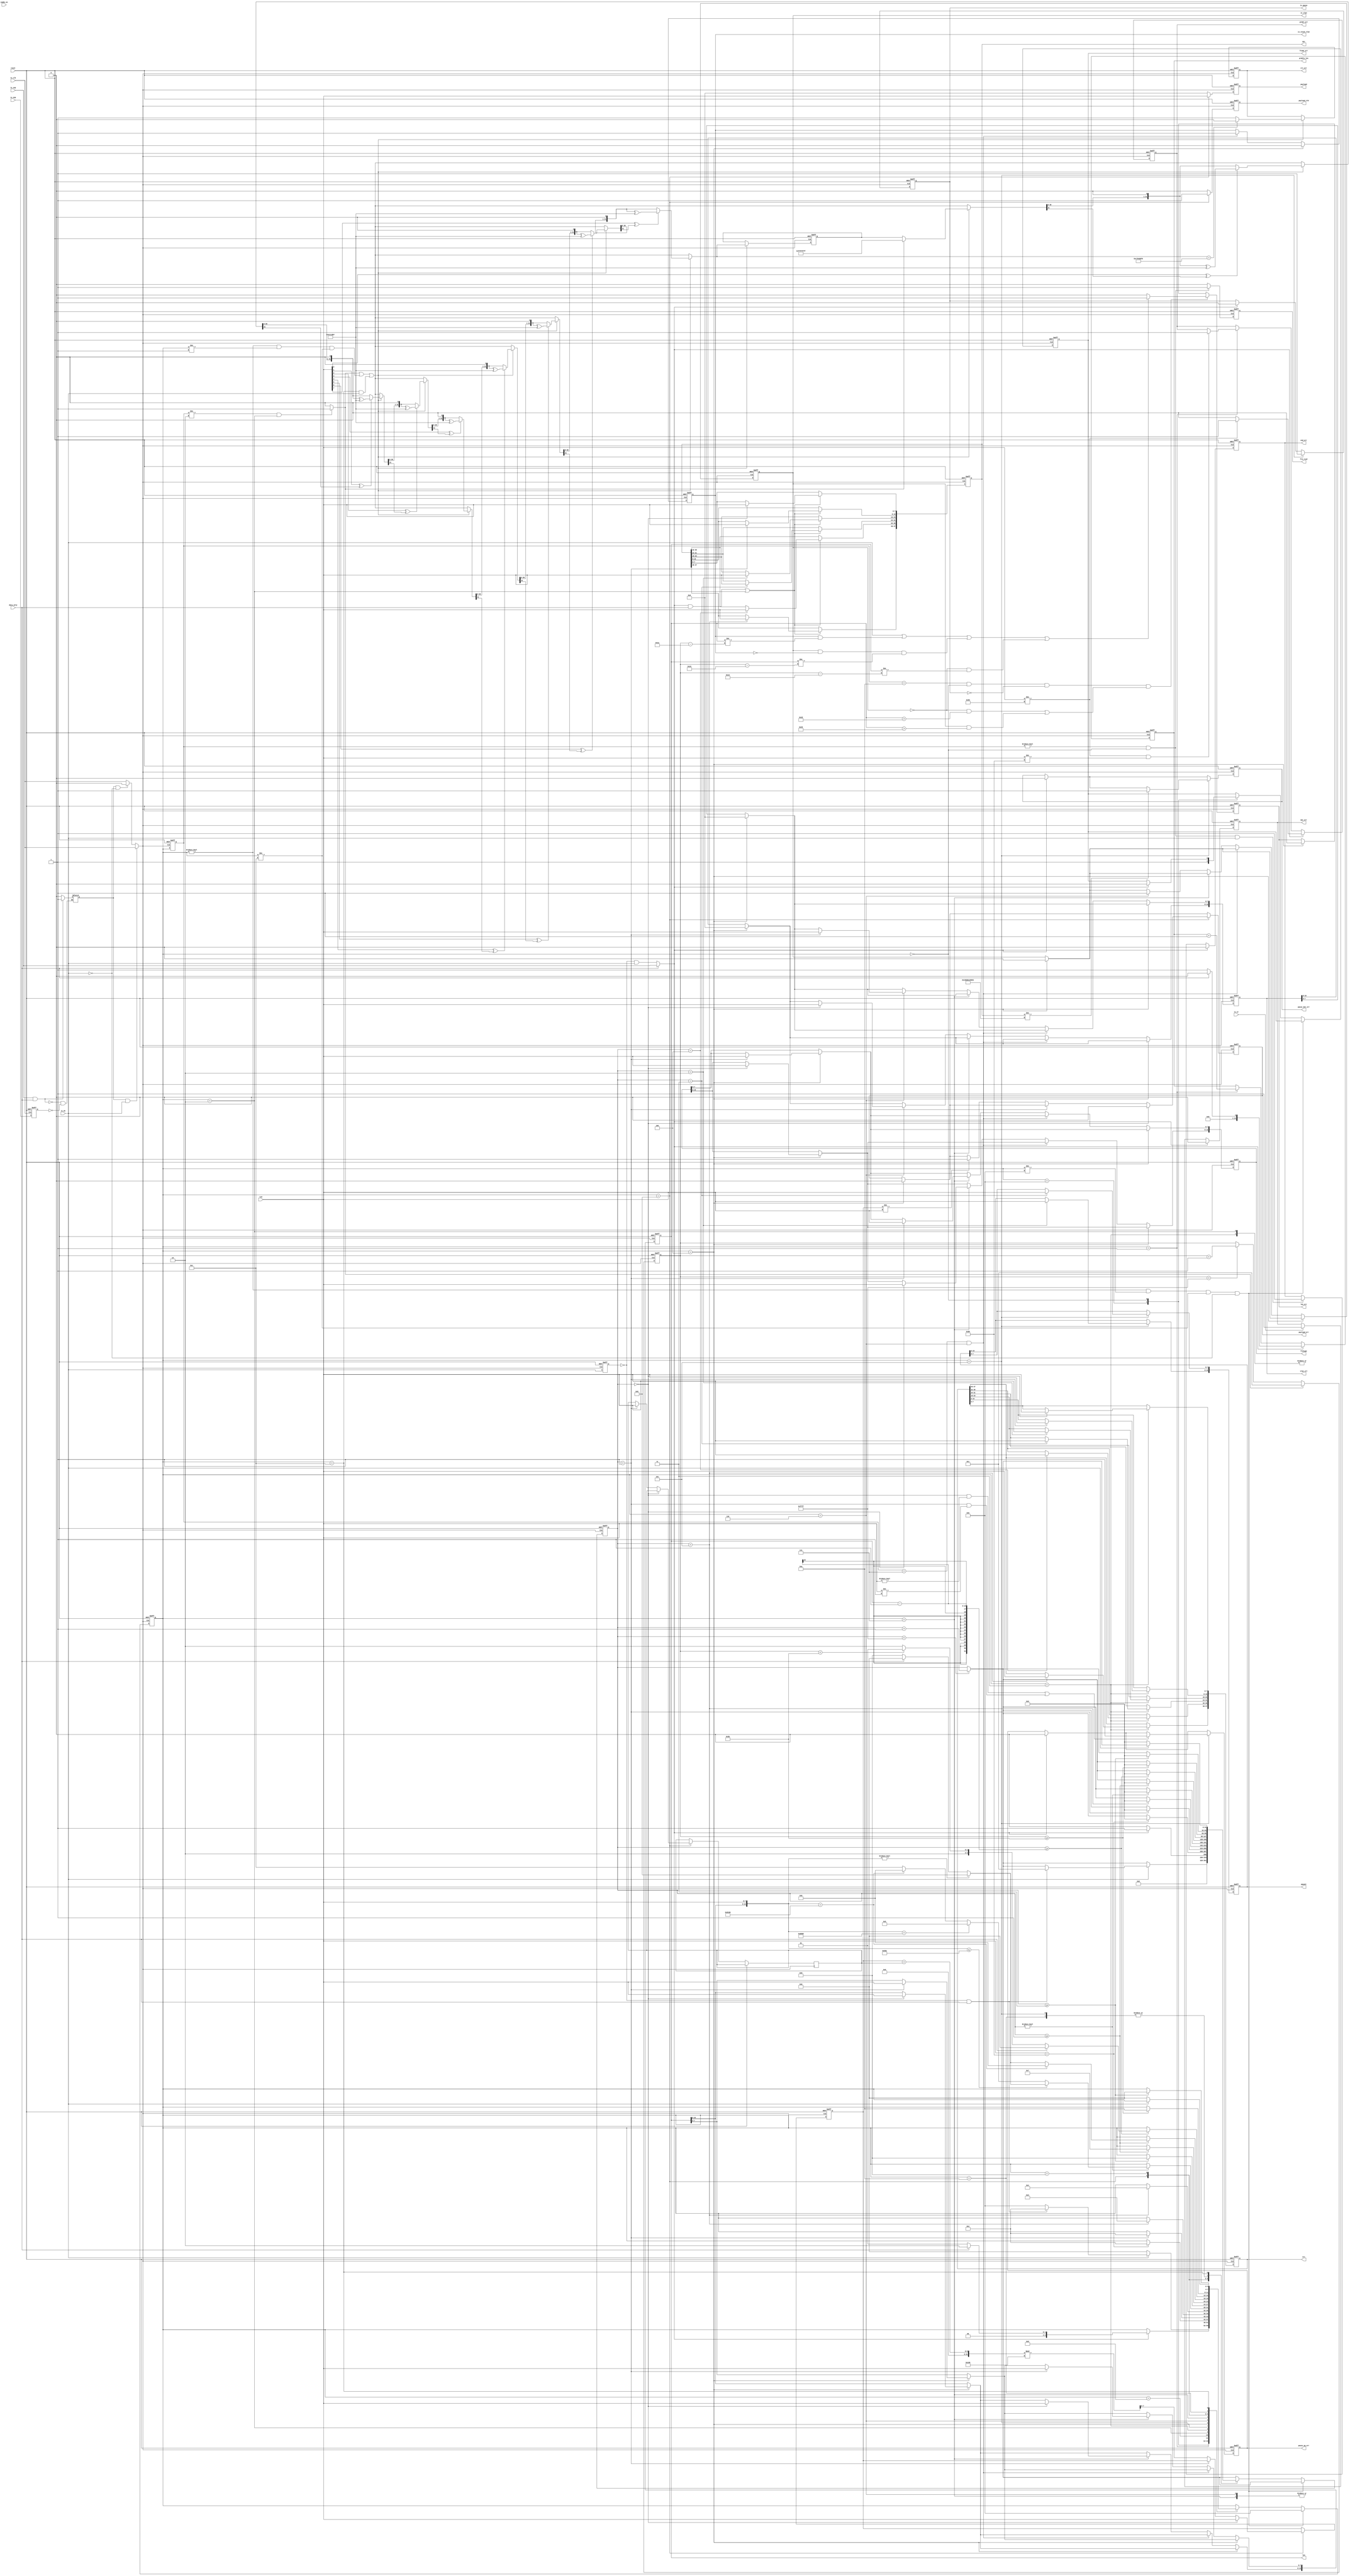
// -------------------------------------------------------------------------
// -------------------------------------------------------------------------
//
// Revision Control Information
//
// $RCSfile: ethmon.v,v $
// $Source: /ipbu/cvs/sio/projects/TriSpeedEthernet/src/testbench/models/verilog/ethernet_model/mon/ethmon.v,v $
//
// $Revision: #1 $
// $Date: 2010/01/07 $
// Check in by : $Author: max $
//
// Project     : Triple Speed Ethernet - 10/100/1000 MAC
//
// Description : (Simulation only)
//
// GMII Interface Ethernet Traffic Monitor/Decoder
// Ethernet Traffic Monitor for 8 bit MAC Atlantic client interface
//
// 
// ALTERA Confidential and Proprietary
// Copyright 2006 (c) Altera Corporation
// All rights reserved
//
// -------------------------------------------------------------------------
// -------------------------------------------------------------------------

`timescale 1 ns / 1 ns


module ethmonitor (

   reset,
   tx_clk,
   txd,
   tx_dv,
   tx_er,
   tx_sop,
   tx_eop,
   dst,
   src,
   prmble_len,
   pquant,
   vlan_ctl,
   len,
   frmtype,
   payload,
   payload_vld,
   is_vlan,
   is_stack_vlan,
   is_pause,
   crc_err,
   prmbl_err,
   len_err,
   payload_err,
   frame_err,
   pause_op_err,
   pause_dst_err,
   mac_err,
   end_err,
   jumbo_en,
   data_only,
   frm_rcvd);

parameter ENABLE_SHIFT16 = 1'b 0;


input   reset; //  active high
input   tx_clk; 
input   [7:0] txd; 
input   tx_dv; 
input   tx_er; 
input   tx_sop; 
input   tx_eop; 
output   [47:0] dst; //  destination address
output   [47:0] src; //  source address
output   [13:0] prmble_len; //  length of preamble
output   [15:0] pquant; //  Pause Quanta value
output   [15:0] vlan_ctl; //  VLAN control info
output   [15:0] len; //  Length of payload
output   [15:0] frmtype; //  if non-null: type field instead length
output   [7:0] payload; 
output   payload_vld; 
output   is_vlan; 
output   is_stack_vlan;
output   is_pause; 
output   crc_err; 
output   prmbl_err; 
output   len_err; 
output   payload_err; 
output   frame_err; 
output   pause_op_err; 
output   pause_dst_err; 
output   mac_err; 
output   end_err; 
input   jumbo_en; 
input   data_only; 
output   frm_rcvd; 
//  GMII transmit interface: To be connected to MAC TX
wire    [47:0] dst; 
reg     [47:0] src; 
wire    [13:0] prmble_len; 
reg     [15:0] pquant; 
reg     [15:0] vlan_ctl; 
wire    [15:0] len; 
wire    [15:0] frmtype; 
reg     [7:0] payload; 
//  Indicators
reg     payload_vld; 
wire    is_vlan; 
wire    is_stack_vlan;
wire    is_pause; 
reg     crc_err; 
reg     prmbl_err; 
reg     len_err; 
reg     payload_err; 
reg     frame_err; 
reg     pause_op_err; 
reg     pause_dst_err; 
reg     mac_err; 
//  Control
reg     end_err; 
reg     frm_rcvd; 
reg     frm_in; 
reg     tx_clk_int; 
reg     tx_eop_reg; 
//  port signals internally reused
reg     [13:0] iprmble_len; //  length of preamble
reg     [15:0] ifrmtype; 
reg     [15:0] ilen; 
reg     [47:0] idst; 
reg     iis_vlan; 
reg     iis_stack_vlan;
reg     iis_pause; 
reg     tx_clk_dly;
//  internal

// TYPE state_typ:
parameter state_typ_s_idle = 0;
parameter state_typ_s_prmbl = 1;
parameter state_typ_s_dst = 2;
parameter state_typ_s_src = 3;
parameter state_typ_s_typelen = 4;
parameter state_typ_s_pause = 5;
parameter state_typ_s_tag = 6;
parameter state_typ_s_len = 7;
parameter state_typ_s_data = 8;
parameter state_typ_s_pad = 9;
parameter state_typ_s_crc = 10;
parameter state_typ_s_abort = 11;
parameter state_typ_s_utype = 12;
parameter state_typ_s_Dword32Aligned = 13;

reg     [3:0] state; 
reg     [3:0] last_state; 
reg     last_tx_dv; //  follows tx_dv with one cycle delay
reg     [31:0] crc32; 
reg     [31:0] count; 
reg     [31:0] poscnt; //  position in frame starts at first dst byte
reg     [7:0] datacnt; //  counter to verify payload
reg     [7:0] datainc; //  counter increment
reg     tx_sof; //  start of frame indicator for 1 clk cycle with 1st byte
reg     tx_dst; //  start of frame indicator for 1 clk cycle with 1st byte
reg     [31:0]  process_6_crctmp; 
reg     [3:0]  V2V_process_6_i;
integer  process_11_ix; 
integer  process_12_ix; 
reg      process_12_ln; 
integer  process_14_hi; 
integer  process_14_lo; 
reg     [31:0]  process_14_cnttmp; 
integer  process_14_i; 
integer  process_14_flen; 

always @(posedge reset or posedge tx_clk)
   begin : process_1
   if (reset == 1'b 1)
      begin
      tx_eop_reg <= 1'b 0;  
      end
   else
      begin
      tx_eop_reg <= tx_eop; 
      end
   end

always @(tx_sop or tx_eop_reg)
   begin : process_2
   if (tx_sop == 1'b 1 & data_only == 1'b 1)
      begin
      frm_in <= 1'b 1;  
      end
   else if (tx_eop_reg == 1'b 1 )
      begin
      frm_in <= 1'b 0;  
      end
   end

always@(tx_clk)
begin

        tx_clk_dly <= #(1)tx_clk ;
        
end 

always @(frm_in or tx_dv or tx_clk_dly)
   begin : process_3
   if (frm_in == 1'b 1 && tx_dv == 1'b 1 )
      begin
      tx_clk_int <= #(1) tx_clk_dly;    
      end
   else if (frm_in==1'b1 && tx_dv == 1'b 0)
      begin
      tx_clk_int <= #(1) 1'b 0; 
      end
   else
      begin
      tx_clk_int <= #(1) tx_clk_dly;    
      end
   end
   
//  connect permanent port signals
//  ------------------------------
assign prmble_len = iprmble_len; 
assign frmtype = ifrmtype; 
assign len = ilen; 
assign dst = idst; 
assign is_vlan = iis_vlan; 
assign is_stack_vlan = iis_stack_vlan; 
assign is_pause = iis_pause; 
//  generate tx start pulse
//  ----------------------

always@(last_tx_dv or tx_dv or tx_sop)
begin

        if (data_only==1'b0)
        begin

                tx_sof <= ~last_tx_dv & tx_dv; //  pulse with first byte 0 to 1 change
                
        end
        else
        begin
        
                tx_sof <= tx_sop ;
                
        end

end

//  generate pulse start of destination address
//  --------------------
always @(last_state or state)
   begin : process_4
   if (last_state != state_typ_s_dst & state == state_typ_s_dst)
      begin
      tx_dst <= 1'b 1;  
      end
   else
      begin
      tx_dst <= 1'b 0;  
      end
   end
//  ------------------------------------------
//  capture tx_er indicator
//  ------------------------------------------
always @(posedge tx_clk_int or posedge reset)
   begin : process_5
   if (reset == 1'b 1)
      begin
      mac_err <= 1'b 0; 
      last_tx_dv <= 1'b 0;  
      end
   else
      begin
      if (tx_sof == 1'b 1)
         begin
         mac_err <= 1'b 0;  //  reset indicator at start of new receive
         end
      else if (tx_er == 1'b 1 )
         begin
         mac_err <= 1'b 1;  //  capture one or many
         end
      last_tx_dv <= tx_dv;  
      end
   end
//  ----------------------------------------------
//  CRC calculation over all bytes except preamble
//  ----------------------------------------------
always @(posedge tx_clk_int or posedge reset)
   begin : process_6
   if (reset == 1'b 1)
      begin
      crc32 <= {32{1'b 1}}; 
      crc_err <= 1'b 0; 
      end
   else
      begin
//  need it ahead
      if (tx_dst == 1'b 1 | state != state_typ_s_idle & 
    state != state_typ_s_prmbl & state != state_typ_s_utype | 
    state == state_typ_s_utype & tx_dv == 1'b 1)
         begin
//  push all inclusive CRC bytes
//  preset CRC or load current value
         if (tx_dst == 1'b 1)
            begin
//  first data, preset CRC
            process_6_crctmp = {32{1'b 1}}; 
            end
         else
            begin
            process_6_crctmp = crc32;   
            end
//  calculate next step

         for (V2V_process_6_i = 0; V2V_process_6_i <= 7; V2V_process_6_i = V2V_process_6_i + 1)
            begin
            if ((txd[V2V_process_6_i] ^ process_6_crctmp[31]) == 1'b 1)
               begin
               process_6_crctmp = (process_6_crctmp << 1);  //  shift in a 0, will be xor'ed to 1 by the polynom
               process_6_crctmp = process_6_crctmp ^ 32'h 04C11DB7; 
               end
            else
               begin
               process_6_crctmp = (process_6_crctmp << 1);  //  shift in a 0
               end
            end
//  process all bits we have here
         crc32 <= process_6_crctmp; //  remember current value
//  check if CRC is valid
         if (process_6_crctmp == 32'h C704DD7B)
            begin
            crc_err <= 1'b 0;   
            end
         else
            begin
            crc_err <= 1'b 1;   
            end
         end
      end
   end
//  ----------------------------------------------
//  Extract RX Payload on payload bus and check payload errors:
//  * first byte is counter initialization
//  * second byte is counter increment
//  * data begins from 3rd byte on 
//  ----------------------------------------------
always @(posedge tx_clk_int or posedge reset)
   begin : process_7
   if (reset == 1'b 1)
      begin
      payload <= {8{1'b 0}};    
      payload_vld <= 1'b 0; 
      payload_err <= 1'b 0; 
      datacnt <= 0; 
      end
   else
      begin
      if (state == state_typ_s_typelen)
         begin
         payload_err <= 1'b 0;  //  reset as a frame of length 0 will not get into S_DATA.
         end
      if (state == state_typ_s_data)
         begin
         payload <= txd;    
         payload_vld <= 1'b 1;  
         if (count == 0)
            begin
            datacnt <= ({1'b 0, txd});  //  load counter
            payload_err <= 1'b 0;   
            end
         else if (count == 1 )
            begin
            datainc <= ({1'b 0, txd});  //  load increment
//  verify payload contents
            end
         else
            begin
            datacnt <= (datacnt + datainc) % 256;   
            if (datacnt != ({1'b 0, txd}))
               begin
               payload_err <= 1'b 1;    
               end
            end
         end
      else
         begin
         payload <= {8{1'b 0}}; 
         payload_vld <= 1'b 0;  
         end
      end
   end
//  ----------------------------------------------
//  Position Counter: Starts with first octet of destination address
//  ----------------------------------------------
always @(posedge tx_clk_int or posedge reset)
   begin : process_8
   if (reset == 1'b 1)
      begin
      poscnt <= 0;  
      end
   else
      begin
      if (tx_dst == 1'b 1)
         begin
//  reset at start of DST 
         poscnt <= 1;   
         end
      else
         begin
         if (poscnt < 65535)
            begin
            poscnt <= poscnt + 1'b 1;   
            end
         end
      end
   end
//  ----------------------------------------------
//  End of Frame:
//  change from non-idle to idle indicates something was received
//  if dv is still asserted this is an end error
//  ----------------------------------------------
always @(posedge tx_clk_int or posedge reset)
   begin : process_9
   if (reset == 1'b 1)
      begin
      frm_rcvd <= 1'b 0;    
      end_err <= 1'b 0; 
      end
   else
      begin
      if (last_state != state_typ_s_idle & state == state_typ_s_idle)
         begin
         frm_rcvd <= 1'b 1; 
         end
      else
         begin
         frm_rcvd <= 1'b 0; 
         end
      if (tx_sof == 1'b 1)
         begin
         end_err <= 1'b 0;  
         end
      else if (last_state != state_typ_s_idle & state == state_typ_s_idle & 
    tx_dv == 1'b 1 )
         begin
         end_err <= 1'b 1;  //  dv still asserted even after nothing more expected
         end
      end
   end
//  ----------------------------------------------
//  Preamble check
//  ----------------------------------------------
always @(posedge tx_clk_int or posedge reset)
   begin : process_10
   if (reset == 1'b 1)
      begin
      prmbl_err <= 1'b 0;   
      iprmble_len <= 0; 
      end
   else
      begin
      if (tx_sof == 1'b 1)
         begin
         if (txd != 8'h 55)
            begin
            prmbl_err <= 1'b 1; 
            end
         else
            begin
            prmbl_err <= 1'b 0; //  reset usually
            end
         if (data_only == 1'b 1)
            begin
            iprmble_len <= 0;   
            end
         else
            begin
            iprmble_len <= 1;   
            end
         end
      else if (state == state_typ_s_prmbl )
         begin
         if (txd != 8'h 55 & txd != 8'h D5)
            begin
            prmbl_err <= 1'b 1; 
            end
         iprmble_len <= iprmble_len + 1'b 1;    
         end
      end
   end
//  ----------------------------------------------
//  Extract Source and Destination addresses
//  ----------------------------------------------
always @(posedge tx_clk_int or posedge reset)
   begin : process_11
   if (reset == 1'b 1)
      begin
      idst <= {48{1'b 0}};  
      src <= {48{1'b 0}};   
      end
   else
      begin
      process_11_ix = count * 8;    
      if (tx_sof == 1'b 1)
         begin
         process_11_ix = 1'b 0; 
         end

         if (tx_sof == 1'b 1 & data_only == 1'b 1 & state == state_typ_s_Dword32Aligned & ENABLE_SHIFT16 == 1'b1)
            begin
                case (count)
                1'b 0 : ;
                1'b 1 : ;
                default:;
                endcase         
             end
         if (tx_sof == 1'b 0 & data_only == 1'b 1 & ENABLE_SHIFT16 == 1'b1 & state == state_typ_s_dst)
            begin
            case (count)
            1'b 0:
               begin
               idst[7:0] <= txd[7:0];  
               end
            1'b 1:
               begin
               idst[15:8] <= txd[7:0]; 
               end
            2'b 10:
               begin
               idst[23:16] <= txd[7:0];    
               end
            2'b 11:
               begin
               idst[31:24] <= txd[7:0];    
               end
            3'b 100:
               begin
               idst[39:32] <= txd[7:0];    
               end
            3'b 101:
               begin
               idst[47:40] <= txd[7:0];    
               end
            default:
               ;
            endcase         
           end

      if (tx_sof == 1'b 1 & data_only == 1'b 1 & ENABLE_SHIFT16 == 1'b0| state == state_typ_s_dst)
         begin
         case (count)
         1'b 0:
            begin
            idst[7:0] <= txd[7:0];  
            end
         1'b 1:
            begin
            idst[15:8] <= txd[7:0]; 
            end
         2'b 10:
            begin
            idst[23:16] <= txd[7:0];    
            end
         2'b 11:
            begin
            idst[31:24] <= txd[7:0];    
            end
         3'b 100:
            begin
            idst[39:32] <= txd[7:0];    
            end
         3'b 101:
            begin
            idst[47:40] <= txd[7:0];    
            end
         default:
            ;
         endcase         end
      if (state == state_typ_s_src)
         begin
        case (count)
         1'b 0:
            begin
            src[7:0] <= txd[7:0];   
            end
         1'b 1:
            begin
            src[15:8] <= txd[7:0];  
            end
         2'b 10:
            begin
            src[23:16] <= txd[7:0]; 
            end
         2'b 11:
            begin
            src[31:24] <= txd[7:0]; 
            end
         3'b 100:
            begin
            src[39:32] <= txd[7:0]; 
            end
         3'b 101:
            begin
            src[47:40] <= txd[7:0]; 
            end
         default:
            ;
         endcase         end
      end
   end
//  ----------------------------------------------
//  Extract Length/Type field and VLAN Tag identifier
//  ----------------------------------------------
always @(posedge tx_clk_int or posedge reset)
   begin : process_12
   if (reset == 1'b 1)
      begin
      ilen <= {16{1'b 0}};  
      ifrmtype <= {16{1'b 0}};  
      vlan_ctl <= {16{1'b 0}};  
      iis_vlan <= 1'b 0;    
      len_err <= 1'b 0; 
      iis_stack_vlan <= 1'b0;
      end
   else
      begin
      process_12_ix = 4'b 1000 - count * 8; 
// if( tx_sof_d = '1' ) then              -- clear all on start of every frame
// 
//     ilen     <= (others => '0');
//     ifrmtype <= (others => '0');
//     vlan_ctl <= (others => '0');
//     iis_vlan  <= '0';
//     
// end if;
      if (state == state_typ_s_typelen)
         begin
//  if in type/len set both
        case (count)
         1'b 0:
            begin
            ifrmtype[15:8] <= txd;  
            ilen[15:8] <= txd;  
            end
         1'b 1:
            begin
            ifrmtype[7:0] <= txd;   
            ilen[7:0] <= txd;   
            end
         default:
            ;
         endcase                
         vlan_ctl <= {16{1'b 0}};   //  clear at start of new frame (at SOF it is too early)
         iis_vlan <= 1'b 0; 
         len_err  <= 1'b 0; 
         end
         
         if(state==state_typ_s_typelen)
         begin
            
                iis_stack_vlan <= 1'b0 ;
         
         end 
         else if (last_state == state_typ_s_len & state == state_typ_s_tag)
         begin
            
                iis_stack_vlan <= 1'b1 ;
                
         end
         
      else if (state == state_typ_s_len )
         begin
//  in len again, set len independently
         case (count)
         1'b 0:
            begin
            ifrmtype[15:8] <= txd;  
            ilen[15:8] <= txd;  
            end
         1'b 1:
            begin
            ifrmtype[7:0] <= txd;   
            ilen[7:0] <= txd;   
            end
         default:
            ;
         endcase    
         end
      else if (state == state_typ_s_tag )
         begin
         iis_vlan <= 1'b 1; 
        case (count)
         1'b 0:
            begin
            vlan_ctl[15:8] <= txd;  // ilen(ix+7 downto ix)     <= txd;
            end
         1'b 1:
            begin
            vlan_ctl[7:0] <= txd;   
            end
         default:
            ;
         endcase         end
//  verify length at end of frame for normal frames (length 46... max and not a type)
      if (last_state == state_typ_s_crc & state == state_typ_s_idle & 
    iis_pause == 1'b 0 & (iis_vlan == 1'b 0 & 
    ilen > 45 | iis_vlan == 1'b 1 & 
    ilen > 41))
         begin
//  verify integrity of length field 
         if (tx_dv == 1'b 1 | 
             iis_stack_vlan == 1'b 1 & ilen != poscnt - 5'b 11010 |
             (iis_vlan == 1'b 1 & iis_stack_vlan == 1'b 0) & ilen != poscnt - 5'b 10110 | 
             iis_vlan == 1'b 0 & ilen != poscnt - 5'b 10010)
            begin
            len_err <= 1'b 1;   
            end
         else
            begin
            len_err <= 1'b 0;   
            end
         end
      end
   end
//  ----------------------------------------------
//  Extract Pause frame indication,
//                opcode error,
//                destination address error,
//                and Pause Quanta
//  ----------------------------------------------
always @(posedge tx_clk_int or posedge reset)
   begin : process_13
   if (reset == 1'b 1)
      begin
      pquant <= {16{1'b 0}};    
      iis_pause <= 1'b 0;   
      pause_op_err <= 1'b 0;    
      pause_dst_err <= 1'b 0;   
      end
   else
      begin
            
      if (tx_sof == 1'b 1)
         begin
         iis_pause <= 1'b 0;    //  clear at start of frame
         pause_op_err <= 1'b 0; 
         pause_dst_err <= 1'b 0;    
         end
         
      if (state == state_typ_s_pause)
         begin
         iis_pause <= 1'b 1;    
         //if (count >= 2)
            //begin
//  pick octets after opcode
        case (count)
            2'b 10:
               begin
               pquant[15:8] <= txd; 
               end
            2'b 11:
               begin
               pquant[7:0] <= txd;  
               end
            default:
               ;
            endcase            
            //end
        if (count == 0 & txd != 8'h 00 | count == 1 & txd != 8'h 01 )
            begin
            pause_op_err <= 1'b 1;  
            end
         if (idst != 48'h 010000c28001)
            begin
//  01-80-c2-00-00-01 is standard !
            pause_dst_err <= 1'b 1; 
            end
         end
      end
   end
//  ----------------------------------------------
//  Monitor State Machine
//  ----------------------------------------------
always @(posedge tx_clk_int or posedge reset)
   begin : process_14
   if (reset == 1'b 1)
      begin
      state <= state_typ_s_idle;    
      last_state <= state_typ_s_idle;   
      count <= 0;   
      frame_err <= 1'b 0;   //  state machine abort indicator
      end
   else
      begin
//  remember last state and increment internal counter
      last_state <= state;  
      if (count < 65535)
         begin
         process_14_cnttmp = count + 1'b 1; 
         end
      else
         begin
         process_14_cnttmp = count; 
         end
//  Abort detection: If enable goes low in middle of frame
      if (state != state_typ_s_idle & state != state_typ_s_abort & 
    state != state_typ_s_utype & tx_dv == 1'b 0)
         begin
         state <= state_typ_s_abort;    
         end
      else
         begin
         case (state)
         state_typ_s_abort:
            begin
            if (tx_dv == 1'b 1)
               begin
               if (last_tx_dv == 1'b 0 & data_only == 1'b 1)
                  begin
//  only 1 clock cycle inbetween
                  if (ENABLE_SHIFT16 == 1'b0)
                  state <= state_typ_s_dst; 
                  else
                   state <= state_typ_s_Dword32Aligned;                   

                  process_14_cnttmp = 1'b 1;    
                  frame_err <= 1'b 0;   
                  end
               else
                  begin
                  state <= state_typ_s_abort;   //  wait til tx stops transmission
                  end
               end
            else
               begin
               state <= state_typ_s_idle;   
               end
            frame_err <= 1'b 1; 
            end
         state_typ_s_idle:
            begin
            if (tx_sof == 1'b 1)
               begin
//  we miss the very first !
               process_14_cnttmp = 1'b 1;   //  therefore need to count to 1 immediately
               frame_err <= 1'b 0;  
               if (data_only == 1'b 1)
                  begin
//  no preamble checking ?
                  if (ENABLE_SHIFT16 == 1'b0)
                  state <= state_typ_s_dst; 
                  else
                   state <= state_typ_s_Dword32Aligned;                   

                  end
               else
                  begin
                  state <= state_typ_s_prmbl;   
                  end
               end
            else
               begin
               process_14_cnttmp = 1'b 0;   //  keep it to zero always 
               end
            end
         state_typ_s_prmbl:
            begin
            if (txd == 8'h D5)
               begin
               state <= state_typ_s_dst;    
               process_14_cnttmp = 1'b 0;   
               end
            end

         state_typ_s_Dword32Aligned:
           begin
           if (count == 1)
              begin
              state <= state_typ_s_dst;   
              process_14_cnttmp = 1'b 0;  
              end
           end

         state_typ_s_dst:
            begin
            if (count == 5)
               begin
               state <= state_typ_s_src;    
               process_14_cnttmp = 1'b 0;   
               end
            end
         state_typ_s_src:
            begin
            if (count == 5)
               begin
               state <= state_typ_s_typelen;    
               process_14_cnttmp = 1'b 0;   
               end
            end
         state_typ_s_typelen:
            begin
            if (count != 0)
               begin
//  second half of 2-octet field
               process_14_cnttmp = 1'b 0;   
               process_14_flen = ({1'b 0, ilen[15:8], txd});    //  need it NOW
               if (process_14_flen <= 1500)
                  begin
//  ok normal user frame. check if data or 0 length
                  if (process_14_flen != 0)
                     begin
                     state <= state_typ_s_data; 
//  no data, PAD or finished
                     end
                  else
                     begin
                     if (data_only == 1'b 1)
                        begin
                        state <= state_typ_s_idle;  //  Ok, we are done dont expect anything more
                        end
                     else
                        begin
                        state <= state_typ_s_pad;   //  zero-length frame needs padding
                        end
                     end
//  not normal frame
                  end
               else
                  begin
                  if (process_14_flen == 16'h 8808)
                     begin
                     state <= state_typ_s_pause;    
                     end
                  else if (process_14_flen == 16'h 8100 )
                     begin
                     state <= state_typ_s_tag;  
                     end
                  else
                     begin
                     state <= state_typ_s_utype;    //  S_ABORT;    -- unknown type
                     end
                  end
               end
            end
         state_typ_s_pause:
            begin
            if (count >= 3)
               begin
//  need to overread opcode
               state <= state_typ_s_pad;    
               process_14_cnttmp = 1'b 0;   
               end
            end
         state_typ_s_tag:
            begin
            if (count >= 1)
               begin
               state <= state_typ_s_len;    
               process_14_cnttmp = 1'b 0;   
               end
            end
         state_typ_s_len:
            begin
            if (count >= 1)
               begin
//  Length after VLAN TAG
               process_14_cnttmp = 1'b 0;   
               process_14_flen = ({1'b 0, ilen[15:8], txd});    //  need it NOW
               
               if ( process_14_flen == 16'h8100)
               begin
                                    
                state <= state_typ_s_tag;
               
               end
               else if (process_14_flen != 0)
                  begin
                  state <= state_typ_s_data;    
//  no data, PAD or finished
                  end
               else
                  begin
                  if (data_only == 1'b 1)
                     begin
                     state <= state_typ_s_idle; //  Ok, we are done dont expect CRC
                     end
                  else
                     begin
                     state <= state_typ_s_pad;  
                     end
                  end
               end
            end
         state_typ_s_data:
            begin
            if (count >= ilen - 1'b 1)
               begin
               process_14_cnttmp = 1'b 0;   
               if (data_only == 1'b 1)
                  begin
//  no PAD and no CRC ?
                  state <= state_typ_s_idle;    
                  end
               else if (poscnt < 6'b 111100 - 1'b 1 )
                  begin
//  expect padding ?
                  state <= state_typ_s_pad; 
                  end
               else
                  begin
                  state <= state_typ_s_crc; 
                  end
               end
            end
         state_typ_s_pad:
            begin
            if (poscnt >= 6'b 111100 - 1'b 1)
               begin
               state <= state_typ_s_crc;    
               process_14_cnttmp = 1'b 0;   
               end
            end
         state_typ_s_crc:
            begin
            if (count >= 3)
               begin
               state <= state_typ_s_idle;   
               process_14_cnttmp = 1'b 0;   
               end
            end
         state_typ_s_utype:
            begin
            if (tx_dv == 1'b 0)
               begin
//  unknown type... wait for end of frame
               state <= state_typ_s_idle;   
               process_14_cnttmp = 1'b 0;   
               end
            end
         endcase
         end
//  abort                    
//  load the counter with the new value                   
      count <= process_14_cnttmp;   
      end
   end


endmodule // module ethmonitor